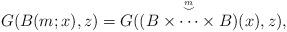
LaTeX: \begin{align*} G(B(m;x),z)=G((\stackrel{\stackrel{m}{\smile}}{B\times \cdots \times B})(x),z),\end{align*}